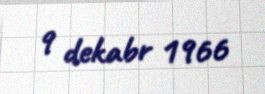
9 dekabr 1966